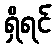
ရှိရင်